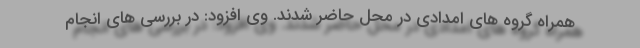
همراه گروه های امدادی در محل حاضر شدند. وی افزود: در بررسی های انجام